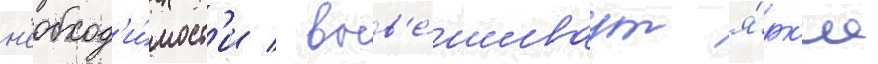
н'еобход'и́мост'и / выв'е́шиваут я́рк'ие